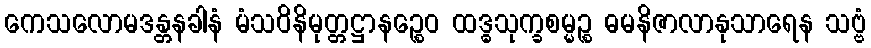
ကေသလောမဒန္တနခါနံ မံသဝိနိမုတ္တဋ္ဌာနဉ္စေဝ ထဒ္ဓသုက္ခစမ္မဉ္စ ဓမနိဇာလာနုသာရေန သဗ္ဗံ